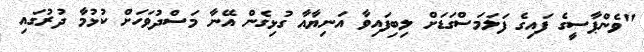
"ވެންޕާސީގެ ފައިގެ ފަލަމަސްގަޑަށް ލިބިފައިވާ އަނިޔާއާ ގުޅިގެން އޭނާ މަސްދުވަހަށް ކުޅުމާ ދުރުގައި